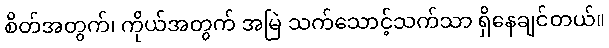
စိတ်အတွက်၊ ကိုယ်အတွက် အမြဲ သက်သောင့်သက်သာ ရှိနေချင်တယ်။